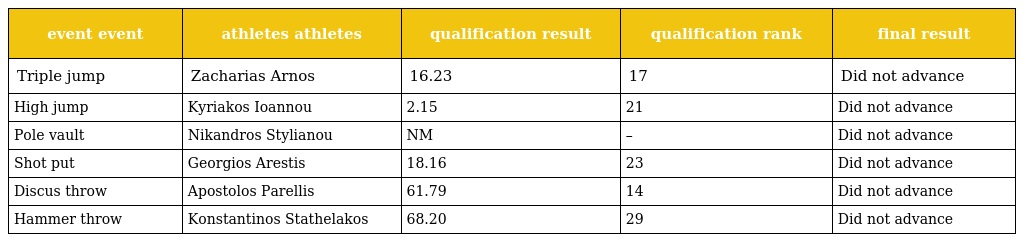
| event event | athletes athletes | qualification result | qualification rank | final result |
 | --- | --- | --- | --- | --- |
 | Triple jump | Zacharias Arnos | 16.23 | 17 | Did not advance |
 | High jump | Kyriakos Ioannou | 2.15 | 21 | Did not advance |
 | Pole vault | Nikandros Stylianou | NM | – | Did not advance |
 | Shot put | Georgios Arestis | 18.16 | 23 | Did not advance |
 | Discus throw | Apostolos Parellis | 61.79 | 14 | Did not advance |
 | Hammer throw | Konstantinos Stathelakos | 68.20 | 29 | Did not advance |